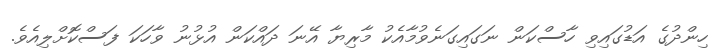
ހިންދުގެ އަޑުގައިވި ހާސްކަން ނަގައިގަނެވުމާއެކު މާރިޔާ އޭނަ ދައްކަން އުޅުނު ވާހަކަ ފަސްކޮށްލިއެވެ.